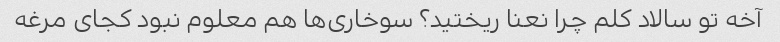
آخه تو سالاد کلم چرا نعنا ریختید؟ سوخاری‌ها هم معلوم نبود کجای مرغه